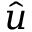
\hat { u }